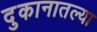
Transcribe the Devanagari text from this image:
दुकानातल्या